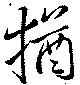
猶